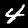
Label: 4